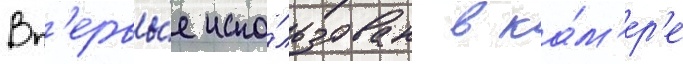
Вп'ервы́е испо́льзован в ка́м'ер'е